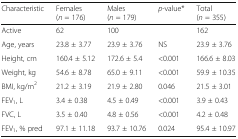
<table><thead><tr><td><b>Characteristic</b></td><td><b>Females (<i>n</i> = 176)</b></td><td><b>Males (<i>n</i> = 179)</b></td><td><b><i>p</i>-value*</b></td><td><b>Total (<i>n</i> = 355)</b></td></tr></thead><tbody><tr><td>Active</td><td>62</td><td>100</td><td></td><td>162</td></tr><tr><td>Age, years</td><td>23.8 ± 3.77</td><td>23.9 ± 3.76</td><td>NS</td><td>23.9 ± 3.76</td></tr><tr><td>Height, cm</td><td>160.4 ± 5.12</td><td>172.6 ± 5.4</td><td>&lt;0.001</td><td>166.6 ± 8.03</td></tr><tr><td>Weight, kg</td><td>54.6 ± 8.78</td><td>65.0 ± 9.11</td><td>&lt;0.001</td><td>59.9 ± 10.35</td></tr><tr><td>BMI, kg/m<sup>2</sup></td><td>21.2 ± 3.19</td><td>21.9 ± 2.80</td><td>0.046</td><td>21.5 ± 3.01</td></tr><tr><td>FEV<sub>1</sub>, L</td><td>3.4 ± 0.38</td><td>4.5 ± 0.49</td><td>&lt;0.001</td><td>3.9 ± 0.43</td></tr><tr><td>FVC, L</td><td>3.5 ± 0.40</td><td>4.8 ± 0.56</td><td>&lt;0.001</td><td>4.2 ± 0.48</td></tr><tr><td>FEV<sub>1</sub>, % pred</td><td>97.1 ± 11.18</td><td>93.7 ± 10.76</td><td>0.024</td><td>95.4 ± 10.97</td></tr></tbody></table>